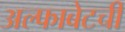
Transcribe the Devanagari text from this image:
अल्फाबेटची